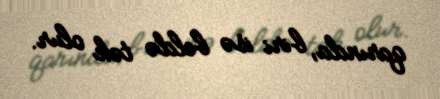
qarında, biri isə beldə tək olur.